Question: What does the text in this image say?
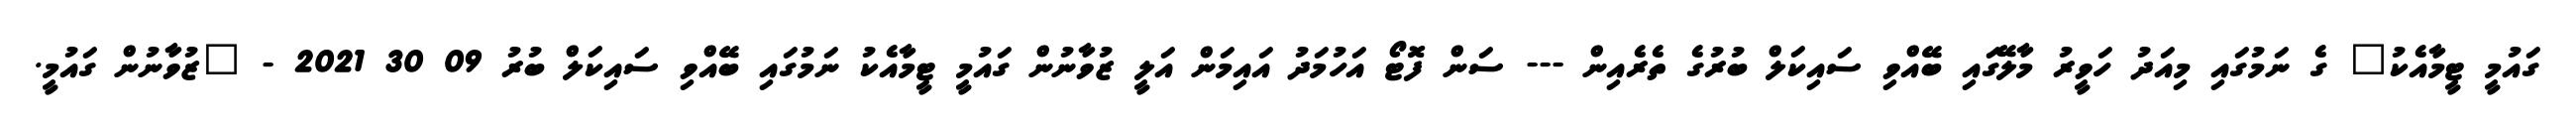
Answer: ގައުމީ ޓީމާއެކު" ގެ ނަމުގައި މިއަދު ހަވީރު މާލޭގައި ބޭއްވި ސައިކަލް ބުރުގެ ތެރެއިން --- ސަން ފޮޓޯ އަހުމަދު އައިމަން އަލީ ޒުވާނުން ގައުމީ ޓީމާއެކު ނަމުގައި ބޭއްވި ސައިކަލް ބުރު 09 30 2021 - "ޒުވާނުން ގައުމީ.